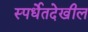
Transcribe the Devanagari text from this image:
स्पर्धेतदेखील